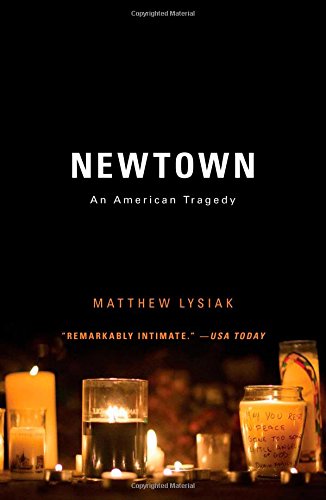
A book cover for Newtown: An American Tragedy; Matthew Lysiak; Biographies & Memoirs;